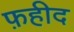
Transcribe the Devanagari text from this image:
फ़हीद